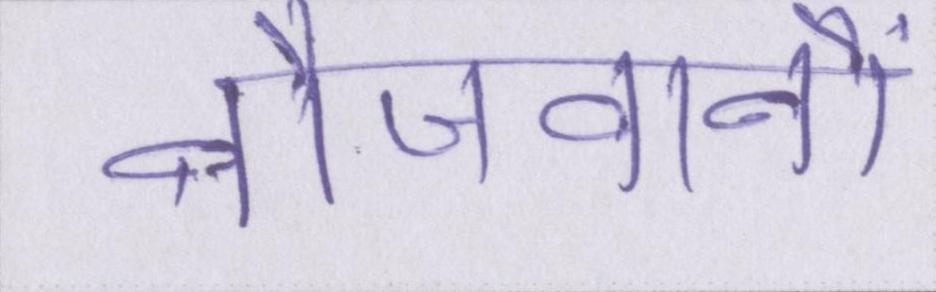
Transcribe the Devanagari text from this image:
नौजवानों